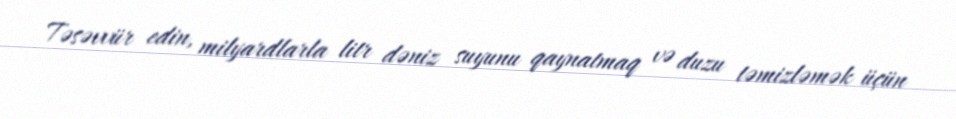
Təsəvvür edin, milyardlarla litr dəniz suyunu qaynatmaq və duzu təmizləmək üçün